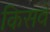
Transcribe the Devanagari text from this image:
किसवे